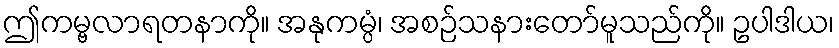
ဤကမ္ဗလာရတနာကို။ အနုကမ္ပံ၊ အစဉ်သနားတော်မူသည်ကို။ ဥပါဒါယ၊